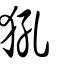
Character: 犼